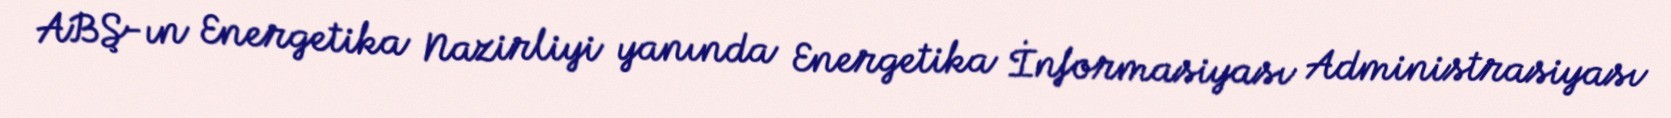
ABŞ-ın Energetika Nazirliyi yanında Energetika İnformasiyası Administrasiyası